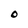
Character: O